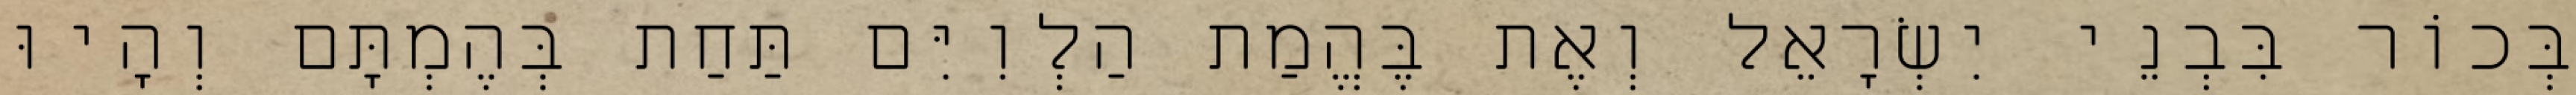
בְּכוֹר בִּבְנֵי יִשְׂרָאֵל וְאֶת בֶּהֱמַת הַלְוִיִּם תַּחַת בְּהֶמְתָּם וְהָיוּ